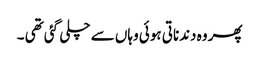
پھر وہ دندناتی ہوئی وہاں سے چلی گئی تھی ۔